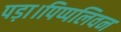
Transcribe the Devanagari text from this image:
पड़ा।पिप्पलिवन